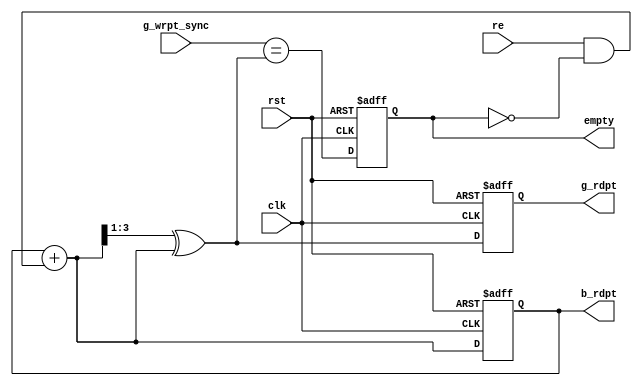
module read_pointer(clk,rst,re,g_wrpt_sync,b_rdpt,g_rdpt,empty);

	parameter pt=3;

	input clk,rst,re;
	input [pt:0]g_wrpt_sync;
	output reg empty;
	output reg[pt:0]b_rdpt,g_rdpt;
	wire [pt:0] next_b_rdptr,next_g_rdptr;

	assign next_b_rdptr=b_rdpt+(re & !empty);
	assign next_g_rdptr=(next_b_rdptr >> 1)^next_b_rdptr;
	assign nxt_empty=(g_wrpt_sync == next_g_rdptr);

	always@(posedge clk,negedge rst)
	begin
		if(!rst)
		begin
			b_rdpt<=0;
			g_rdpt<=0;
		end
		else
		begin
			b_rdpt<=next_b_rdptr;
			g_rdpt<=next_g_rdptr;
		end
	end


	always@(posedge clk,negedge rst)
	begin
		if(!rst)
		begin
			empty<=1;
		end
		else
			empty<=nxt_empty;
	end

endmodule